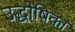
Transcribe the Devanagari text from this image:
उद्धोषिका